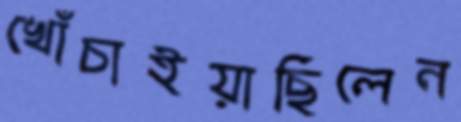
খোঁচাইয়াছিলেন